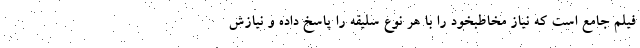
فیلم جامع است که نیاز مخاطبخود را با هر نوع سلیقه را پاسخ داده و نیازش